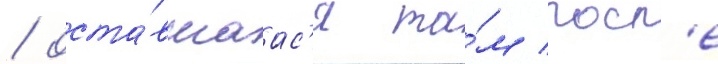
/ оста́вшаас'я та́м посл'е